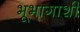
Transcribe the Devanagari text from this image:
भूभागाशी